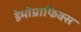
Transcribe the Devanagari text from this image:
डेमोग्राफिक्स